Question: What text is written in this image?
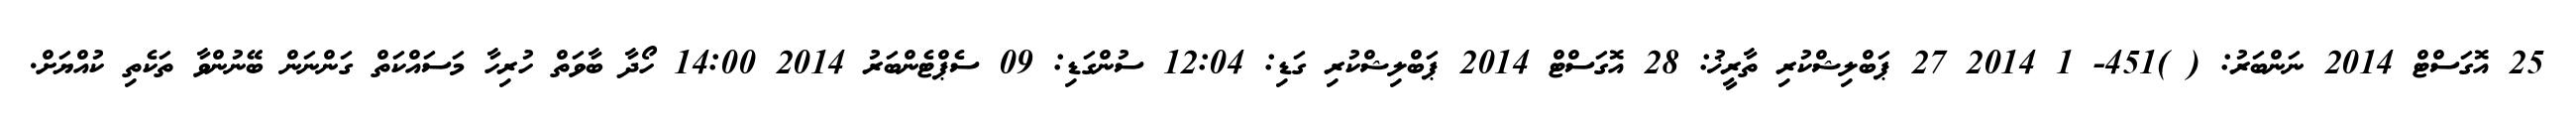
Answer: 25 އޮގަސްޓް 2014 ނަންބަރު: ( )451- 1 2014 27 ޕަބްލިޝްކުރި ތާރީޚު: 28 އޮގަސްޓް 2014 ޕަބްލިޝްކުރި ގަޑި: 12:04 ސުންގަޑި: 09 ސެޕްޓެންބަރު 2014 14:00 ހޯދާ ބާވަތް ހުރިހާ މަސައްކަތް ގަންނަން ބޭނުންވާ ތަކެތި ކުއްޔަށް.